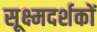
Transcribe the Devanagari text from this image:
सूक्ष्मदर्शकों